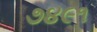
૭૪૯૧